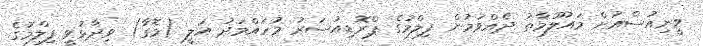
ވީނިއުސްއަށް މައުލޫމާތު ދެއްވަމުން ފިލްމުގެ ޕްރޮޑިއުސަރު މުހައްމަދު އަލީ (މޮގާ) ވިދާޅުވީ ފިލްމުގެ